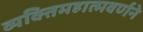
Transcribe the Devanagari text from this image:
व्यक्तिमहात्मवर्णने